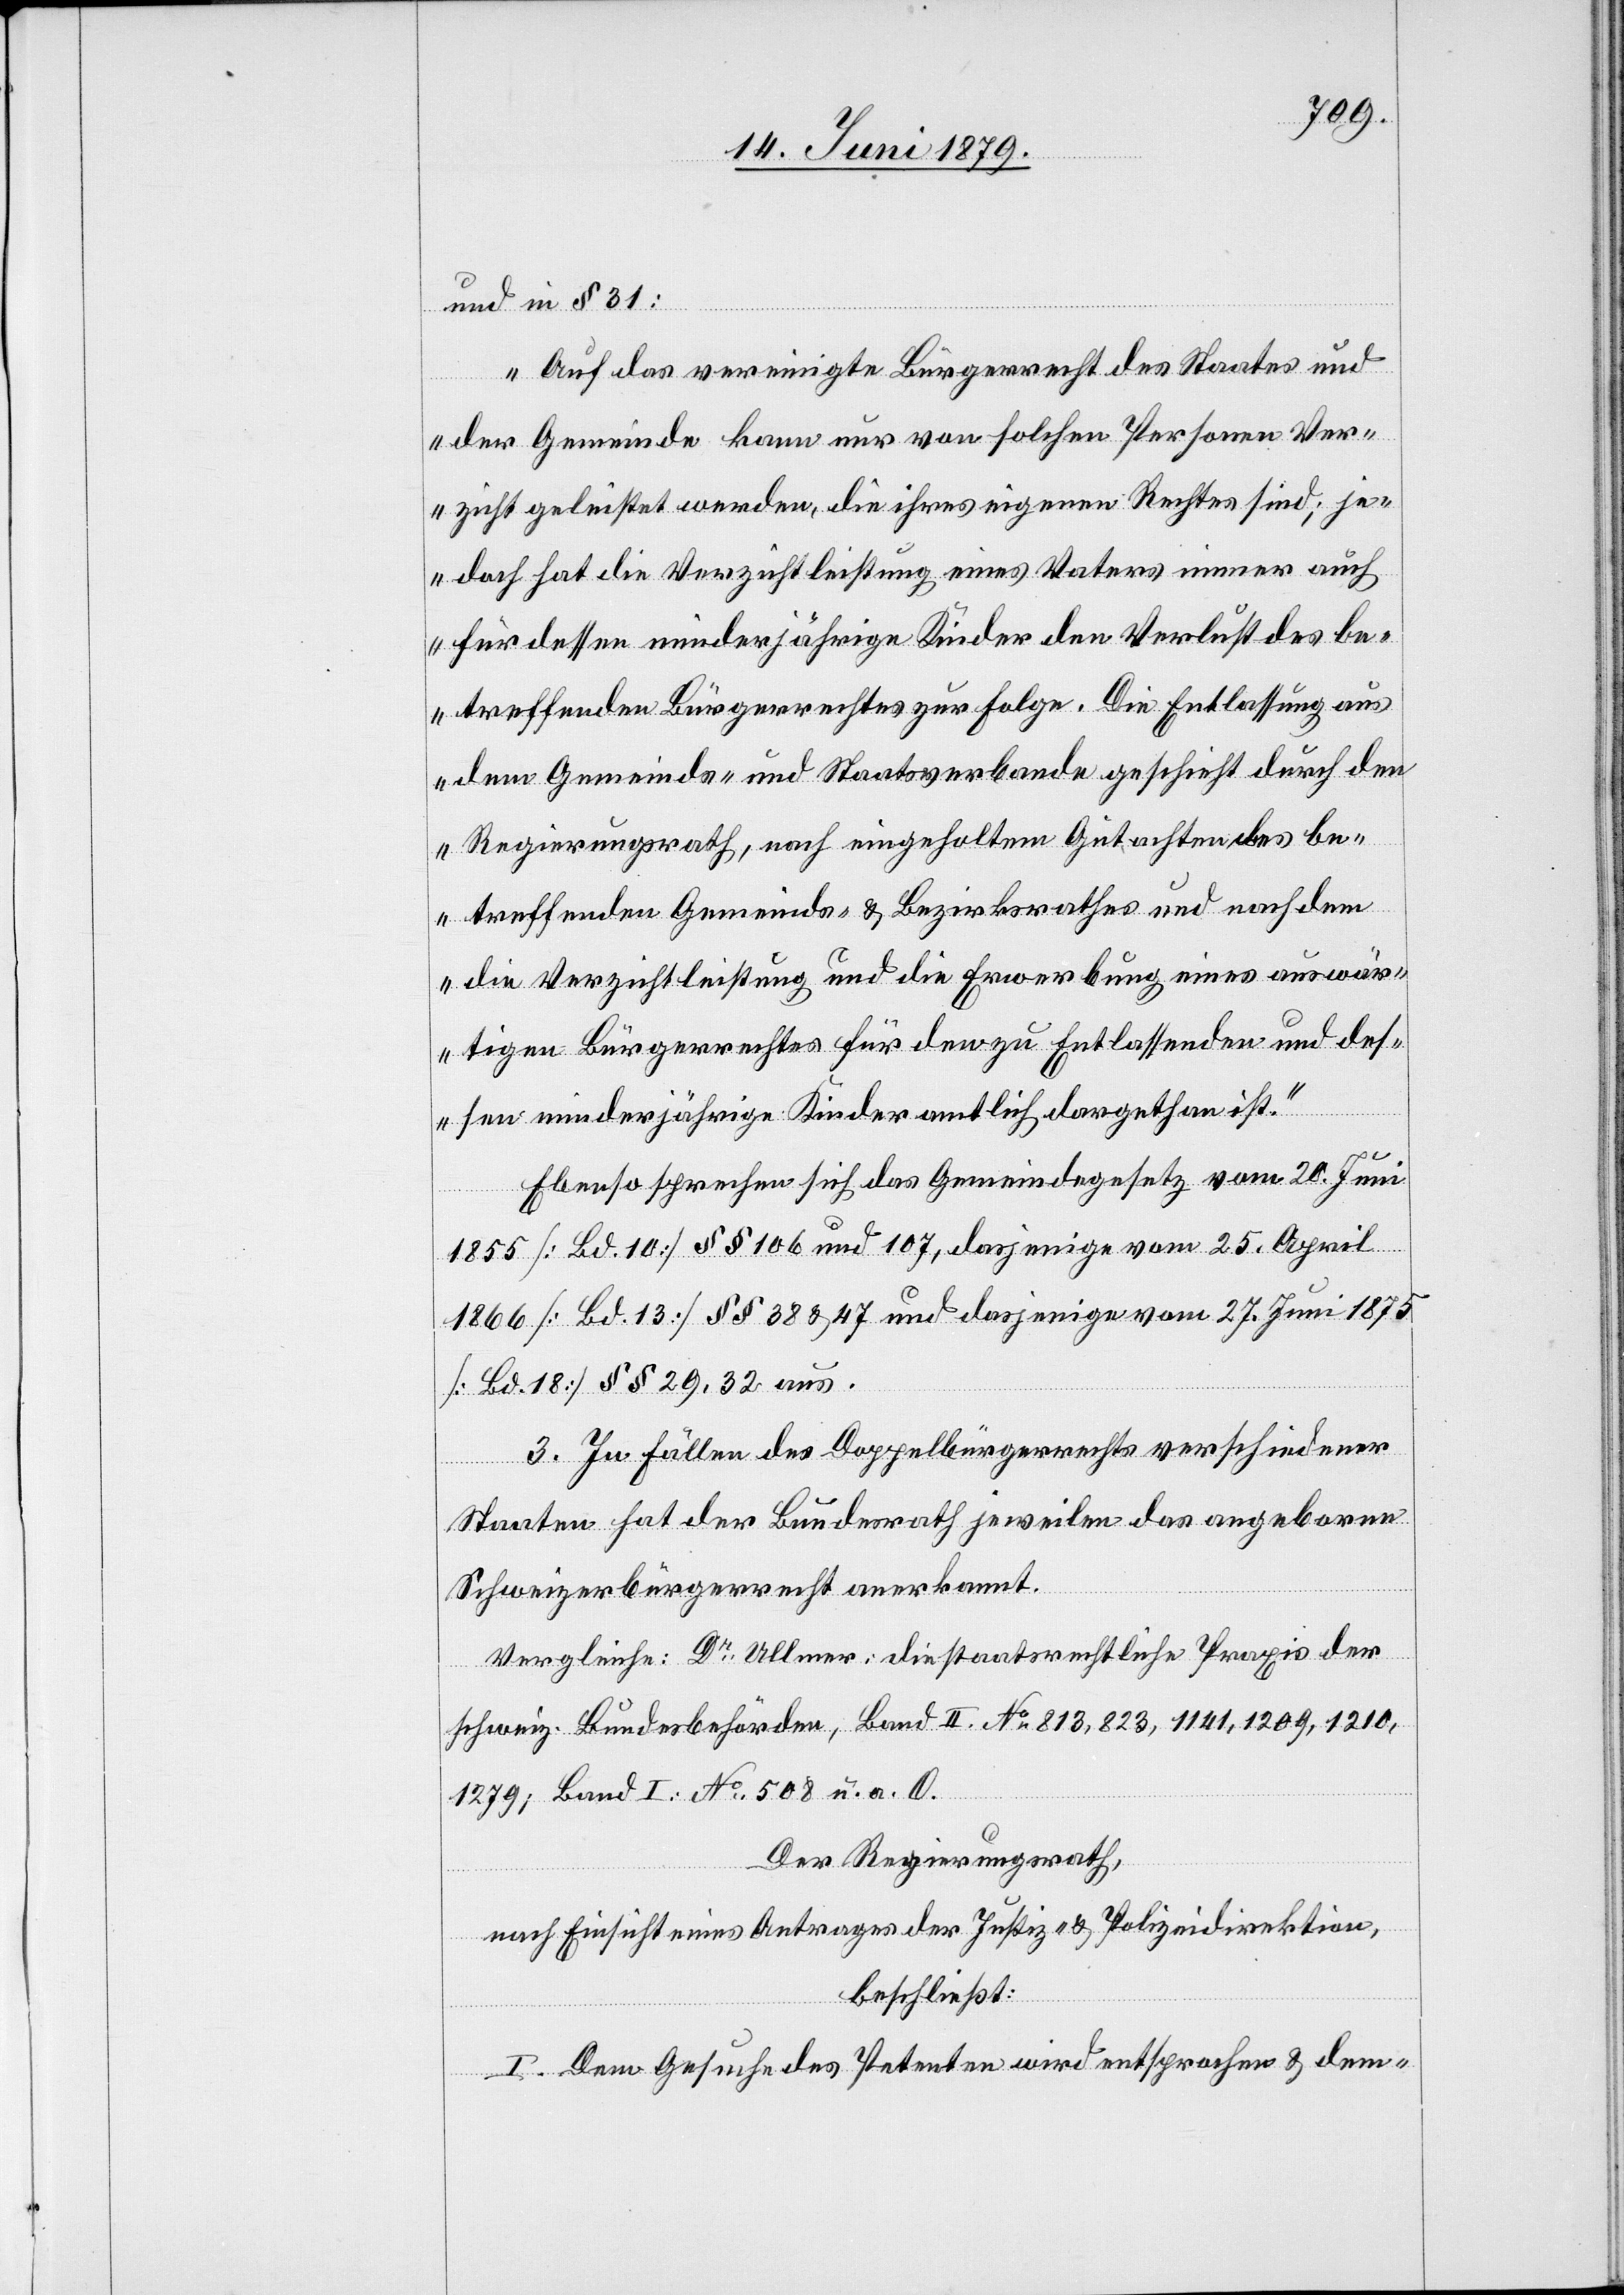
und in § 31:
„Auf das vereinigte Bürgerrecht des Staates und
der Gemeinde kann nur von solchen Personen Ver¬
zicht geleistet werden, die ihres eigenen Rechtes sind; je¬
doch hat die Verzichtleistung eines Vaters immer auch
für dessen minderjährige Kinder den Verlust des be¬
treffenden Bürgerrechtes zur Folge. Die Entlassung aus
dem Gemeinds- und Staatsverbande geschieht durch den
Regierungsrath, nach eingeholtem Gutachten des be¬
treffenden Gemeinds- & Bezirksrathes und nach dem
die Verzichtleistung und die Erwerbung eines auswär¬
tigen Bürgerrechtes für den zu Entlassenden und des¬
sen minderjährige Kinder amtlich dargethan ist.“
Ebenso sprechen sich das Gemeindegesetz vom 20. Juni
1855 [Bd. 10] §§ 106 und 107, dasjenige vom 25. April
1866 [Bd. 13] §§ 38 & 47 und dasjenige vom 27. Juni 1875
[Bd. 18] §§ 29, 32 aus.
3. In Fällen des Doppelbürgerrechts verschiedener
Staaten hat der Bundesrath jeweilen das angeborne
Schweizerbürgerrecht anerkannt.
Vergleiche: Dr Ullmer: die staatsrechtliche Praxis der
schweiz. Bundesbehörden, Band II. No 813, 823, 1141, 1209, 1210,
1279; Band I: No 508 u. a. O.
Der Regierungsrath,
nach Einsicht eines Antrages der Justiz- & Polizeidirektion,
beschließt:
I. Dem Gesuche des Petenten wird entsprochen & dem-